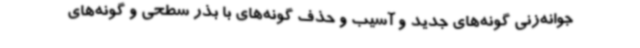
جوانه‌زنی گونه‌های جدید و آسیب و حذف گونه‌های با بذر سطحی و گونه‌های